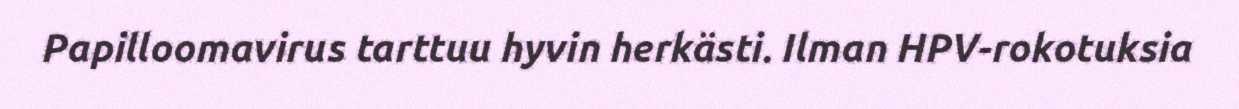
Papilloomavirus tarttuu hyvin herkästi. Ilman HPV-rokotuksia